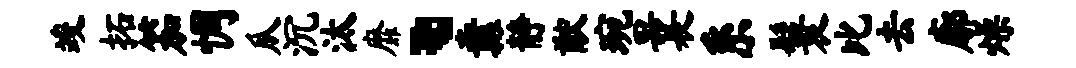
竣拓笳惆瓜沉汰靡、纛静猷琬曩系鬟比去廓燥